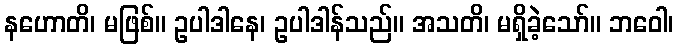
နဟောတိ၊ မဖြစ်။ ဥပါဒါနေ၊ ဥပါဒါန်သည်။ အသတိ၊ မရှိခဲ့သော်။ ဘဝေါ၊